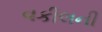
વકીલની